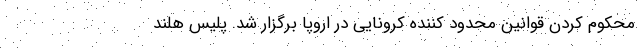
محکوم کردن قوانین محدود کننده کرونایی در اروپا برگزار شد. پلیس هلند